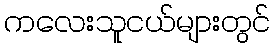
ကလေးသူငယ်များတွင်